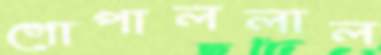
গোপাললাল